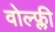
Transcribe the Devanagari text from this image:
वोल्फ्ली